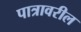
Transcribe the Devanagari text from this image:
पात्रावरील